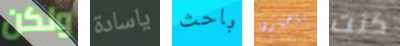
ولكن ياسادة باحث بإخبارها كنت